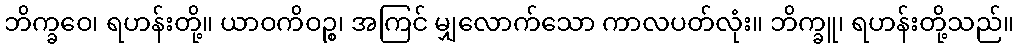
ဘိက္ခဝေ၊ ရဟန်းတို့။ ယာဝကိဝဉ္စ၊ အကြင် မျှလောက်သော ကာလပတ်လုံး။ ဘိက္ခူ၊ ရဟန်းတို့သည်။